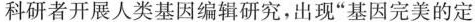
科研者开展人类基因编辑研究，出现”基因完美的定